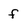
Character: f